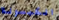
الكبسولة